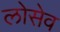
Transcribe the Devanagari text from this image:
लोसेव